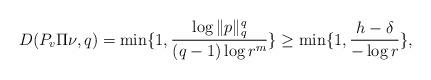
LaTeX: \begin{align*}D(P_{v}\Pi\nu,q)=\min\{1,\frac{\log\Vert p\Vert_{q}^{q}}{(q-1)\log r^{m}}\}\ge\min\{1,\frac{h-\delta}{-\log r}\},\end{align*}